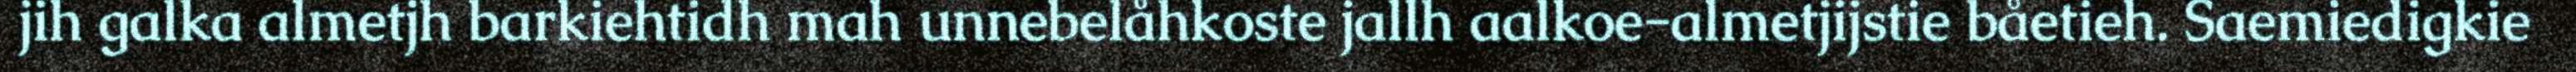
jih galka almetjh barkiehtidh mah unnebelåhkoste jallh aalkoe-almetjijstie båetieh. Saemiedigkie